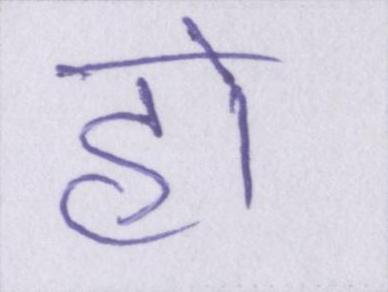
हो